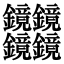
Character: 𰽔